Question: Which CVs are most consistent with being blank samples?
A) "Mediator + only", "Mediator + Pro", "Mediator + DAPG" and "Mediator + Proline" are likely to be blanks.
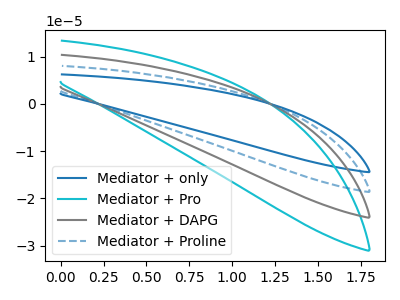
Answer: <think>The blue curve "Mediator + only" has no peaks. The cyan curve "Mediator + Pro" has no peaks. The gray curve "Mediator + DAPG" has no peaks. The blue dashed curve "Mediator + Proline" has no peaks.</think>
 <answer>A) "Mediator + only", "Mediator + Pro", "Mediator + DAPG" and "Mediator + Proline" are likely to be blanks.</answer>
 <eval>A</eval>